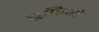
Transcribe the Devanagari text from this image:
यूफिजो